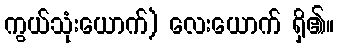
ကွယ်သုံးယောက်) လေးယောက် ရှိ၏။